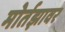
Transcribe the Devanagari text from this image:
मोर्तझावर